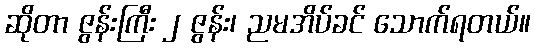
ဆိုတာ ဇွန်းကြီး ၂ ဇွန်း၊ ညမအိပ်ခင် သောက်ရတယ်။